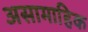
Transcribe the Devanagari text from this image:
असामाहिक